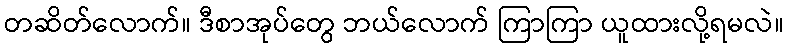
တဆိတ်လောက်။ ဒီစာအုပ်တွေ ဘယ်လောက် ကြာကြာ ယူထားလို့ရမလဲ။